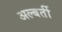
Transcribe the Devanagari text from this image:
अल्बर्ती